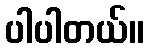
ပါပါတယ်။